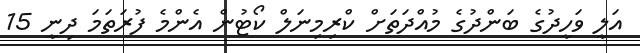
އަލީ ވަހީދުގެ ބަންދުގެ މުއްދަތަށް ކްރިމިނަލް ކޯޓުން އެންމެ ފުރަތަމަ ދިނީ 15